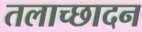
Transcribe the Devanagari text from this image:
तलाच्छादन